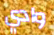
وادي